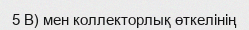
5 В) мен коллекторлық өткелінің